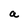
Character: a